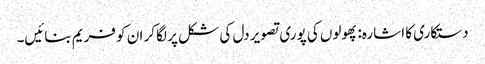
دستکاری کا اشارہ: پھولوں کی پوری تصویر دل کی شکل پر لگا کر ان کو فریم بنائیں۔